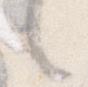
ゝ